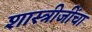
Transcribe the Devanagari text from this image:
शास्त्रीजींचा